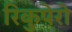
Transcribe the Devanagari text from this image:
रिकुपेरो